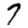
Digit: 7